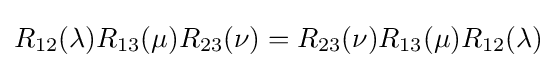
R_{12}(\lambda )R_{13}(\mu )R_{23}(\nu )=R_{23}(\nu )R_{13}(\mu )R_{12}(\lambda )